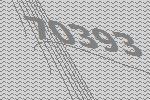
70393